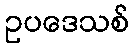
ဥပဒေသစ်